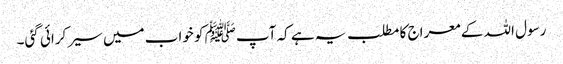
رسول اللہ کے معراج کا مطلب یہ ہے کہ آپﷺ کو خواب میں سیر کرائی گئی۔